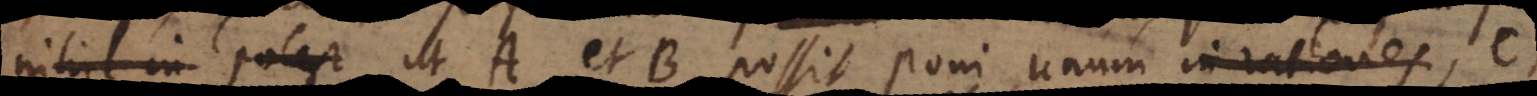
nihil in potest ut A et B possit poni unum in rationes, C,